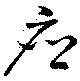
応